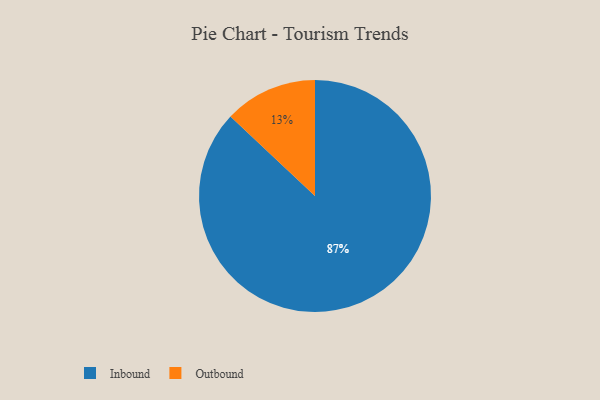
{"axis": {"x": "Category", "y": "Percentage"}, "legend": ["Inbound", "Outbound"], "data": [{"x": "Inbound", "y": 87, "type": "Inbound"}, {"x": "Outbound", "y": 13, "type": "Outbound"}]}